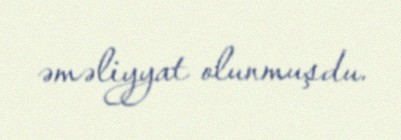
əməliyyat olunmuşdu.